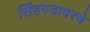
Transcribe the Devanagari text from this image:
सिंहगडावरचे